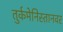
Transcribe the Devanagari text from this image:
तुर्कमेनिस्तानवर